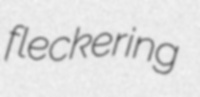
fleckering